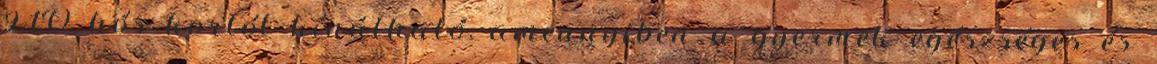
9-1O hós kortól kínálható, amennyiben a gyermek egészséges és